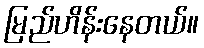
မြည်ဟိန်းနေတယ်။